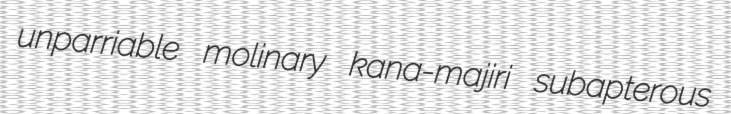
unparriable molinary kana-majiri subapterous